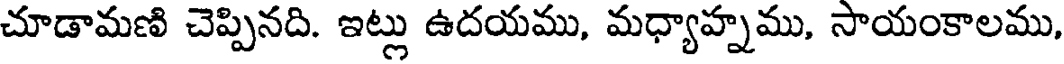
చూడామణి చెప్పినది. ఇట్లు ఉదయము, మధ్యాహ్నము, సాయంకాలము,